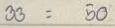
33 = 50